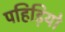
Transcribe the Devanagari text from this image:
पहिड़ियो